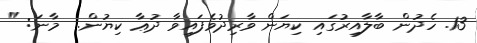
13. ހެދުން ބާލާއިރުގައި ކިޔަން ވާރިދުވެފައިވާ ދުޢާ ކިޔުން.  މާނަ: "